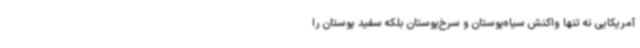
آمریکایی نه تنها واکنش سیاه‌پوستان و سرخ‌پوستان بلکه سفید پوستان را